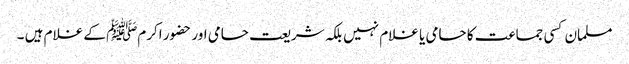
مسلمان کسی جماعت کا حامی یا غلام نہیں بلکہ شریعت حامی اور حضور اکرمﷺ کے غلام ہیں ۔